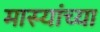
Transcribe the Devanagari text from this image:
मास्यांच्या